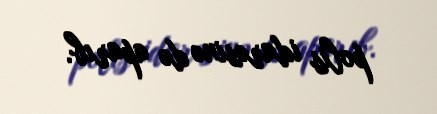
polis idarəsinə də aparıb.